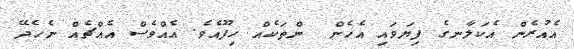
އެއުރެން އެކަލާނގެ ފިޔަވައި އެހެން  ންތަކެއް ހިފޫއެވެ. އެއްވެސް އެއްޗެއް ނެހެދޭ